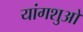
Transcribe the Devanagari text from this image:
यांगशुओ